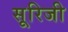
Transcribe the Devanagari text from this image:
सूरिजी